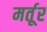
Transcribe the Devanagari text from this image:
मर्तूर